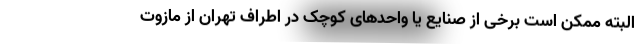
البته ممکن است برخی از صنایع یا واحدهای کوچک در اطراف تهران از مازوت